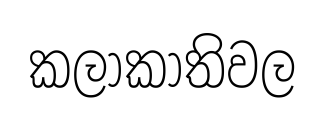
කලාකාතිවල